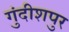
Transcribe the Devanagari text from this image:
गुंदीशपुर